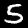
Label: 5